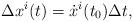
LaTeX: \begin{align*}\Delta x^i(t)=\dot x^i(t_0)\Delta t, \end{align*}